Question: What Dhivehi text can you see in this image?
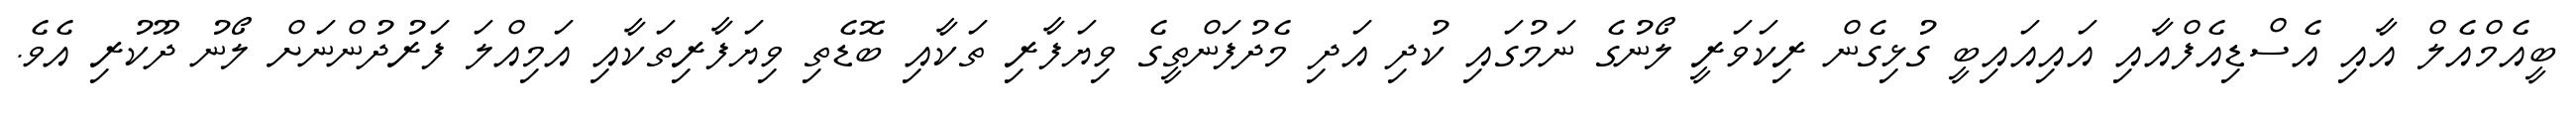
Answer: ބީއެމްއެލް އާއި އެސްޑިއެފްއާއި އައިއައިބީ ގުޅިގެން ރިކަވަރީ ލޯނުގެ ނަމުގައި ކުދި އަދި މެދުފަންތީގެ ވިޔަފާރި ތަކާއި ބޮޑެތި ވިޔަފާރިތަކާއި އަމިއްލަ ފަރުދުންނަށް ލޯނު ދޫކުރި އެވެ.